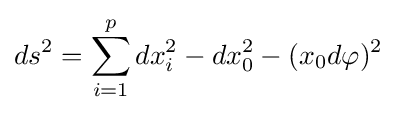
ds^{2}=\sum _{i=1}^{p}dx_{i}^{2}-dx_{0}^{2}-(x_{0}d\varphi )^{2}